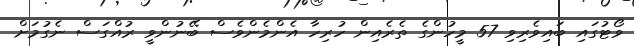
ވޯޓުގައި ބައިވެރިވި 57 މީހުންގެ ތެރެއިން ހުރިހާ އެންމެންވެސް ބޭނުންވީ ރުއްގަސް ނެގުމަށް